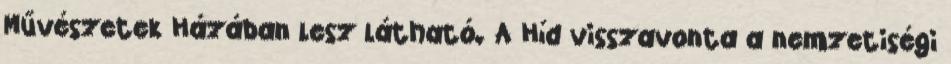
Művészetek Házában lesz látható. A Híd visszavonta a nemzetiségi